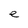
Character: e